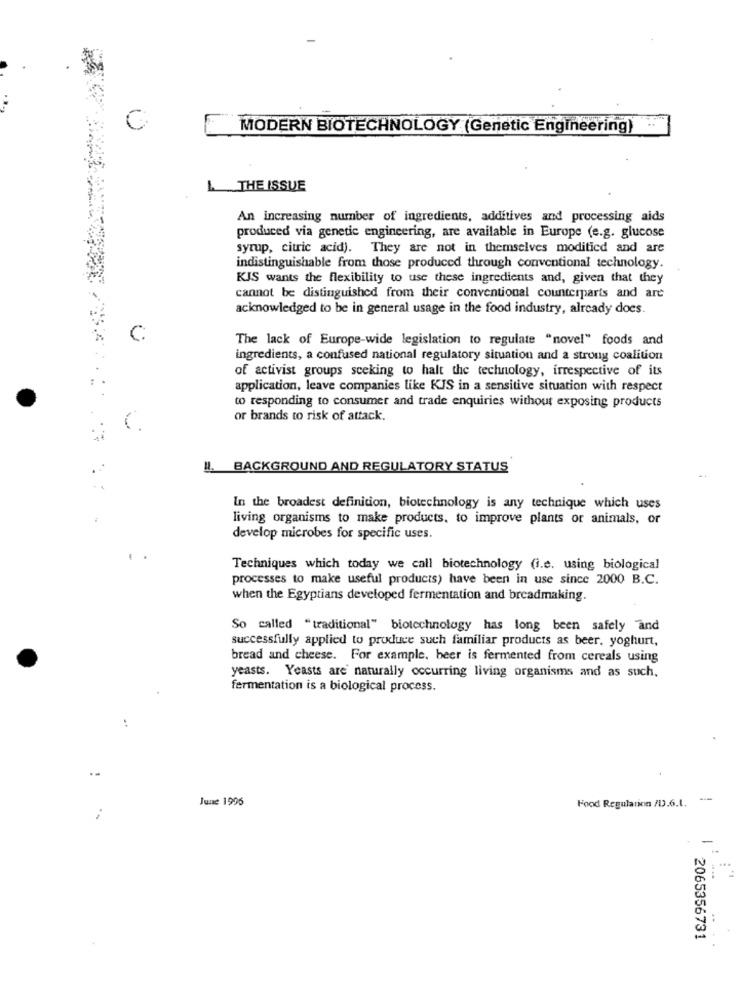
C
MODERN BIOTECHNOLOGY (Genetic Engineering)
L THE ISSUE
An increasing number of ingredients, additives and processing aids
produced via genetic engineering, are available in Europe (e.g. glucose
syrup, citric acid). They are not in themselves moditied and are
indistinguishable from those produced through conventional technology.
KJS wants the flexibility to use these ingredients and, given that they
cannot be distinguished from their conventional counterparts and are
acknowledged to be in general usage in the food industry, already does.
The lack of Europe-wide legislation to regulate "novel" foods and
ingredients, a confused national regulatory situation and a strong coalition
of activist groups seeking to halt the technology, irrespective of its
application, leave companies like KJS in a sensitive situation with respect
to responding to consumer and trade enquiries without exposing products
or brands to risk of attack.
!. BACKGROUND AND REGULATORY STATUS
In the broadest definition, biotechnology is any technique which uses
living organisms to make products, to improve plants or animals, or
develop microbes for specific uses.
Techniques which today we call biotechnology (i.e. using biological
processes to make useful products) have been in use since 2000 B.C.
when the Egyptians developed fermentation and breadmaking.
So called "traditional" biotechnology has long been safely and
successfully applied to produce such familiar products as beer. yoghurt,
bread and cheese. For example, beer is fermented from cereals using
yeasts. Yeasts are' naturally occurring living organisms and as such,
fermentation is a biological process.
..
June 1996
Food Regulation /D.6.1. ---
2065356731